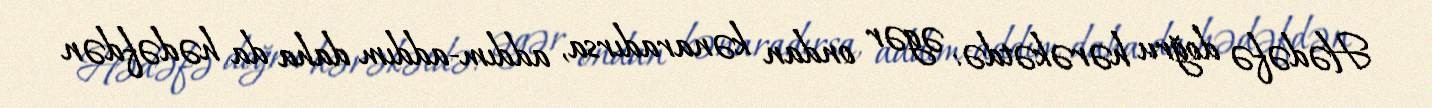
Hədəfə doğru hərəkətdə: əgər ondan kənaradırsa, addım-addım daha da hədəfdən